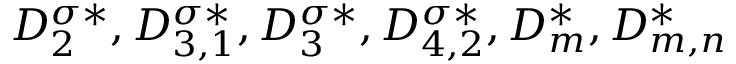
D _ { 2 } ^ { \sigma * } , D _ { 3 , 1 } ^ { \sigma * } , D _ { 3 } ^ { \sigma * } , D _ { 4 , 2 } ^ { \sigma * } , D _ { m } ^ { * } , D _ { m , n } ^ { * }